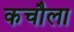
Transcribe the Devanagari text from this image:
कचौला